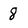
Character: 8